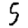
Digit: 5